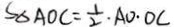
S _ { \Delta A O C } = \frac { 1 } { 2 } \cdot A O \cdot O C